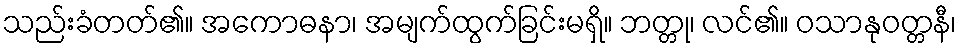
သည်းခံတတ်၏။ အကောဓနာ၊ အမျက်ထွက်ခြင်းမရှိ။ ဘတ္တု၊ လင်၏။ ဝသာနုဝတ္တနီ၊